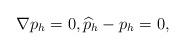
LaTeX: \begin{align*}\nabla p_h = 0, \widehat{p}_h - p_h = 0,\end{align*}